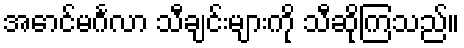
အောင်မင်္ဂလာ သီချင်းများကို သီဆိုကြသည်။